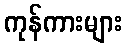
ကုန်ကားများ